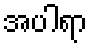
အပါရာ